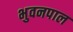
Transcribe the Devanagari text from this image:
भुवनपाल